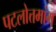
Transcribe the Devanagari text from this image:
पटलोत्तमांग